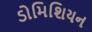
ડોમિશિયન